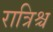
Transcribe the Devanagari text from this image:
रात्रिश्च